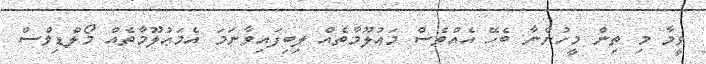
ވީމާ މި ތިން މީހުންނާ ބެހޭ އެއްވެސް މަޢުލޫމާތެއް ލިބިފައިވާނަމަ އެމަޢުލޫމާތެއް މޯލްޑިވްސް